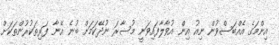
އިންމަގެ އެއްބަސްވުން ނިއު އިން އުވާލާފައިވަނީ މުސާރަ ނުދޭކަމަށް ބުނެ އޭނާ ފަރިތަކުރުންތަކަށް